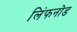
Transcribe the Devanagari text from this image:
लिंफनोड